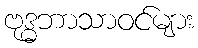
ဗုဒ္ဓဘာသာဝင်များ